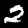
Label: 2